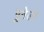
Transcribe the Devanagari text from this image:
पुवेला